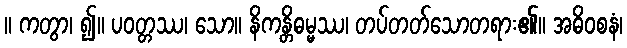
။ ကတွာ၊ ၍။ ပဝတ္တဿ၊ သော။ နိကန္တိဓမ္မဿ၊ တပ်တတ်သောတရား၏။ အဓိဝစနံ၊